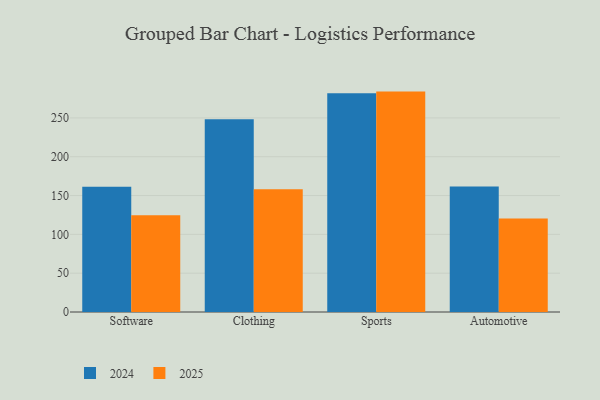
{"axis": {"x": "Category", "y": "Backlog"}, "legend": ["2024", "2025"], "data": [{"x": "Software", "y": 124.5, "type": "2025"}, {"x": "Software", "y": 161.4, "type": "2024"}, {"x": "Clothing", "y": 158.2, "type": "2025"}, {"x": "Clothing", "y": 248.4, "type": "2024"}, {"x": "Sports", "y": 283.9, "type": "2025"}, {"x": "Sports", "y": 281.8, "type": "2024"}, {"x": "Automotive", "y": 120.3, "type": "2025"}, {"x": "Automotive", "y": 161.7, "type": "2024"}]}